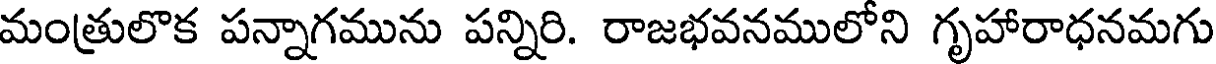
మంత్రులొక పన్నాగమును పన్నిరి. రాజభవనములోని గృహారాధనమగు